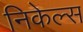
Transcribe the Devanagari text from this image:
निकेल्स